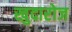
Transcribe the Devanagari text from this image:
खुदारोज